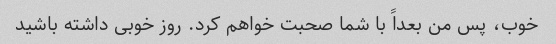
خوب، پس من بعداً با شما صحبت خواهم کرد. روز خوبی داشته باشید